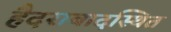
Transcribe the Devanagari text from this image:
हैदराबादस्थित